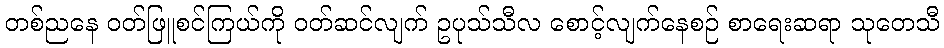
တစ်ညနေ ဝတ်ဖြူစင်ကြယ်ကို ဝတ်ဆင်လျက် ဥပုသ်သီလ စောင့်လျက်နေစဉ် စာရေးဆရာ သုတေသီ